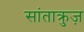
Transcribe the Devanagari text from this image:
सांताक्रुज़